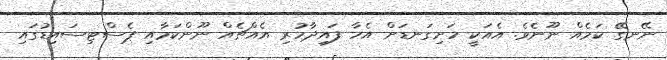
ނޭނގޭ ކަމެއް ނޫނެވެ. އެއަކީ ހަށިގަނޑަށް އެހާ ފައިދާހުރި އެއްޗެއް ނޫންކަމާއި ޕެސްޓިސައިޑުގައި